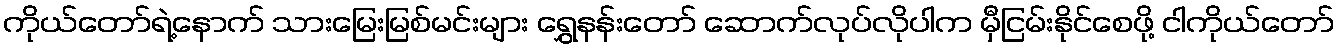
ကိုယ်တော်ရဲ့နောက် သားမြေးမြစ်မင်းများ ရွှေနန်းတော် ဆောက်လုပ်လိုပါက မှီငြမ်းနိုင်စေဖို့ ငါကိုယ်တော်